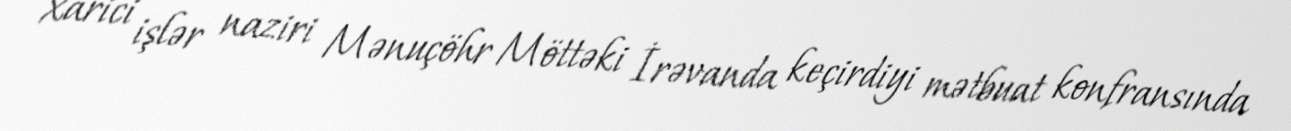
xarici işlər naziri Mənuçöhr Möttəki İrəvanda keçirdiyi mətbuat konfransında